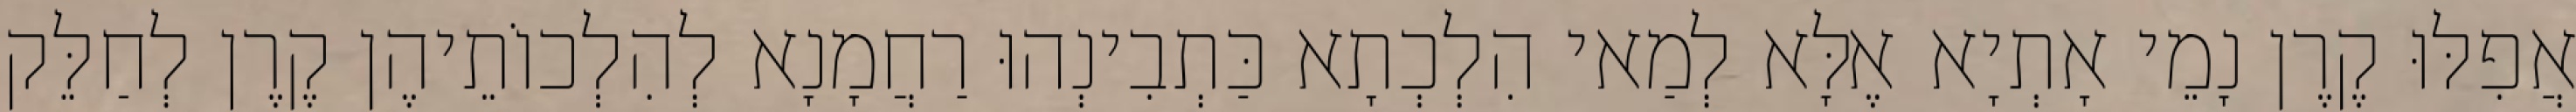
אֲפִלּוּ קֶרֶן נָמֵי אָתְיָא אֶלָּא לְמַאי הִלְכְתָא כַּתְבִינְהוּ רַחֲמָנָא לְהִלְכוֹתֵיהֶן קֶרֶן לְחַלֵּק